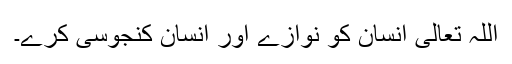
اللہ تعالیٰ انسان کو نوازے اور انسان کنجوسی کرے۔